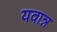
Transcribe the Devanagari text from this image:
यवान्न